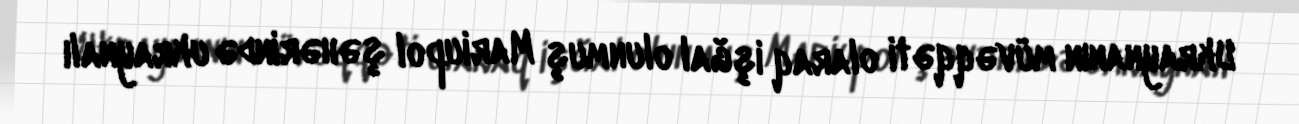
Ukraynanın müvəqqəti olaraq işğal olunmuş Mariupol şəhərində ukraynalı